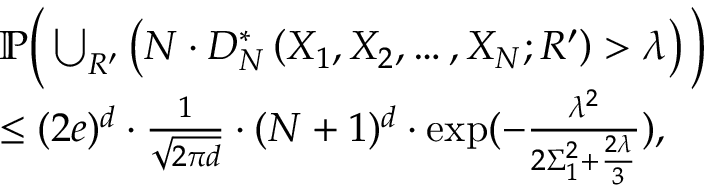
\begin{array} { r l } & { \mathbb { P } \Big ( \bigcup _ { R ^ { \prime } } \left( N \cdot D _ { N } ^ { * } \left( X _ { 1 } , X _ { 2 } , \ldots , X _ { N } ; R ^ { \prime } \right) > \lambda \right) \Big ) } \\ & { \leq ( 2 e ) ^ { d } \cdot \frac { 1 } { \sqrt { 2 \pi d } } \cdot ( N + 1 ) ^ { d } \cdot \exp ( - \frac { \lambda ^ { 2 } } { 2 \Sigma _ { 1 } ^ { 2 } + \frac { 2 \lambda } { 3 } } ) , } \end{array}